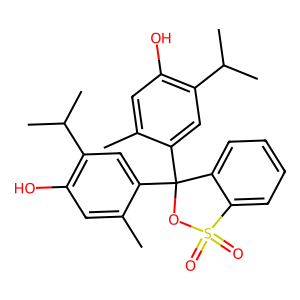
SMILES: Cc1cc(O)c(C(C)C)cc1C1(c2cc(C(C)C)c(O)cc2C)OS(=O)(=O)c2ccccc21
Inhibits HIV replication: No